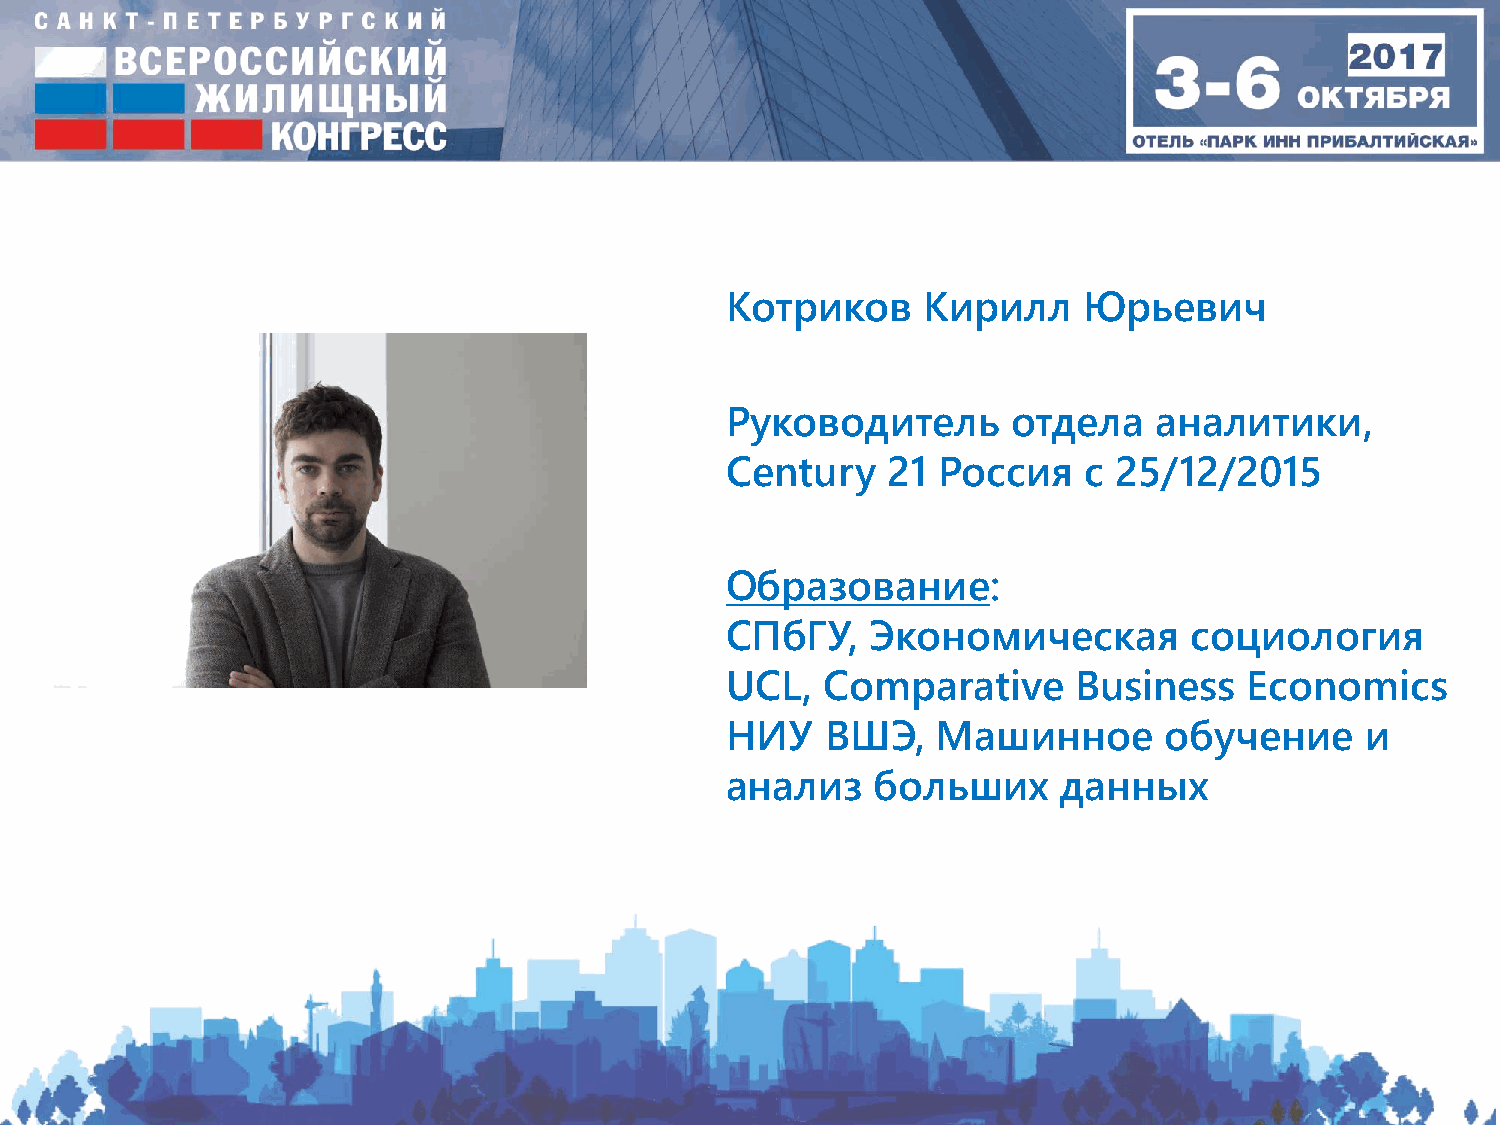
Котриков     Кирилл     Юрьевич
 Руководитель       отдела   аналитики,
 Century    21 Россия    c 25/12/2015
 Образование:
 СПбГУ,    Экономическая        социология
 UCL,  Comparative      Business    Economics
 НИУ    ВШЭ,   Машинное       обучение     и
 анализ    больших     данных